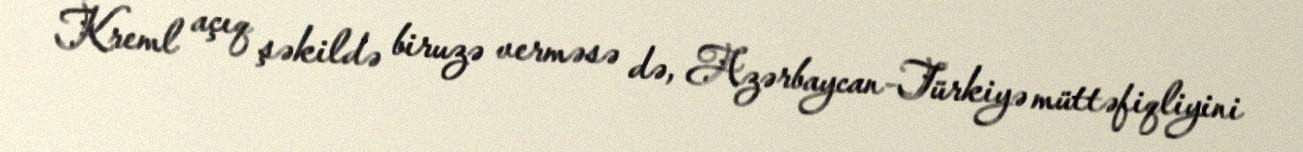
Kreml açıq şəkildə biruzə verməsə də, Azərbaycan-Türkiyə müttəfiqliyini